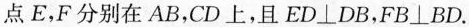
点E，F分别在AB，CD上，且ED\bot DB，FB\bot BD.